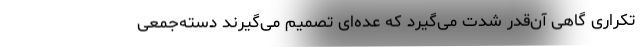
تکراری گاهی آن‌قدر شدت می‌گیرد که عده‌ای تصمیم می‌گیرند دسته‌جمعی